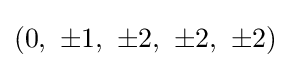
\left(0,\ \pm 1,\ \pm 2,\ \pm 2,\ \pm 2\right)